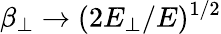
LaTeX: \beta_{\perp}\rightarrow(2E_{\perp}/E)^{1/2}